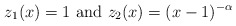
\begin{align*}z_1(x)=1\mbox{ and }z_2(x)=(x-1)^{-\alpha}\end{align*}